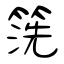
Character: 箲